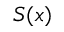
S ( x )